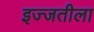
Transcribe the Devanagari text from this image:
इज्जतीला